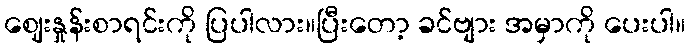
ဈေးနှုန်းစာရင်းကို ပြပါလား။ပြီးတော့ ခင်ဗျား အမှာကို ပေးပါ။